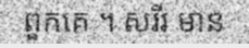
ពួកគេ ។ សរីរ មាន